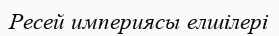
Ресей империясы елшілері